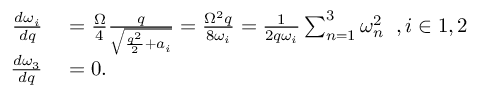
\begin{array} { r l } { \frac { d \omega _ { i } } { d q } } & { { } = \frac { \Omega } { 4 } \frac { q } { \sqrt { \frac { q ^ { 2 } } { 2 } + a _ { i } } } = \frac { \Omega ^ { 2 } q } { 8 \omega _ { i } } = \frac { 1 } { 2 q \omega _ { i } } \sum _ { n = 1 } ^ { 3 } \omega _ { n } ^ { 2 } \; \; , i \in { 1 , 2 } } \\ { \frac { d \omega _ { 3 } } { d q } } & { { } = 0 . } \end{array}